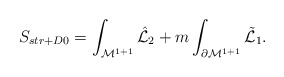
\begin{align*}S_{str+D0}= \int_{{\cal M}^{1+1}} {\hat{\cal L}}_2 + m \int_{\partial{\cal M}^{1+1}} {\tilde{\cal L}}_1.\end{align*}